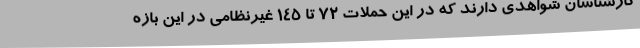
کارشناسان شواهدی دارند که در این حملات 72 تا 145 غیرنظامی در این بازه